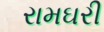
રામઘરી